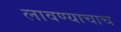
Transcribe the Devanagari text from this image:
लावण्याचाच